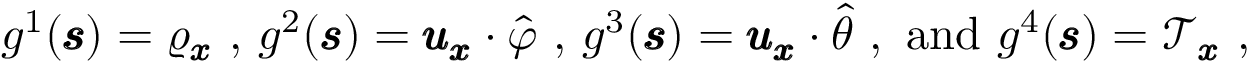
\begin{array} { r } { g ^ { 1 } ( \pmb { \mathscr { s } } ) = \varrho _ { \pmb { x } } \mathrm { ~ , ~ } g ^ { 2 } ( \pmb { \mathscr { s } } ) = \pmb { \mathscr { u } } _ { \pmb { x } } \cdot \hat { \varphi } \mathrm { ~ , ~ } g ^ { 3 } ( \pmb { \mathscr { s } } ) = \pmb { \mathscr { u } } _ { \pmb { x } } \cdot \hat { \theta } \mathrm { ~ , ~ a n d ~ } g ^ { 4 } ( \pmb { \mathscr { s } } ) = \mathscr { T } _ { \pmb { x } } \mathrm { ~ , ~ } } \end{array}